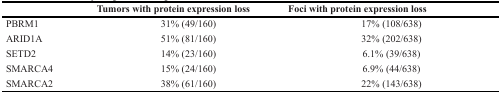
<table><thead><tr><td></td><td><b>Tumors with protein expression loss</b></td><td><b>Foci with protein expression loss</b></td></tr></thead><tbody><tr><td>PBRM1</td><td>31% (49/160)</td><td>17% (108/638)</td></tr><tr><td>ARID1A</td><td>51% (81/160)</td><td>32% (202/638)</td></tr><tr><td>SETD2</td><td>14% (23/160)</td><td>6.1% (39/638)</td></tr><tr><td>SMARCA4</td><td>15% (24/160)</td><td>6.9% (44/638)</td></tr><tr><td>SMARCA2</td><td>38% (61/160)</td><td>22% (143/638)</td></tr></tbody></table>